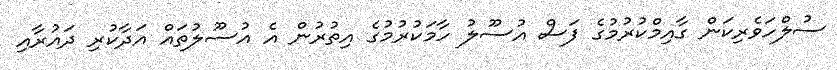
ސުލްހަވެރިކަން ގާއިމްކުރުމުގެ ފަސް އުސޫލު ހާމަކުރުމުގެ އިތުރުން އެ އުސޫލުތައް އަދާކުރި ދައުރާއި